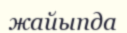
жайыпда